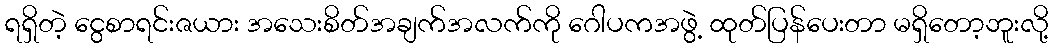
ရရှိတဲ့ ငွေစာရင်းဇယား အသေးစိတ်အချက်အလက်ကို ဂေါပကအဖွဲ့ ထုတ်ပြန်ပေးတာ မရှိတော့ဘူးလို့